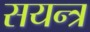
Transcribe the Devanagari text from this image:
सयन्त्र